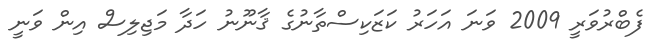
ފެބްރުވަރީ 2009 ވަނަ އަހަރު ކަޒަކިސްތާނުގެ ޤާނޫނު ހަދާ މަޖިލިސް އިން ވަނީ